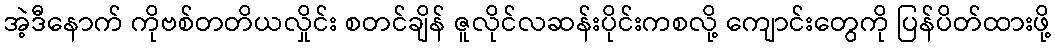
အဲ့ဒီနောက် ကိုဗစ်တတိယလှိုင်း စတင်ချိန် ဇူလိုင်လဆန်းပိုင်းကစလို့ ကျောင်းတွေကို ပြန်ပိတ်ထားဖို့